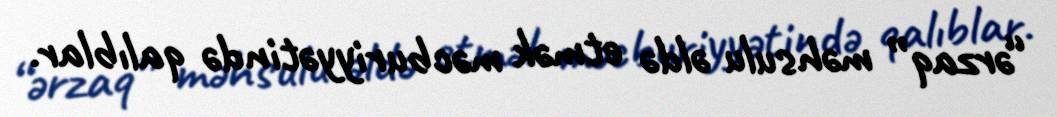
“ərzaq” məhsulu əldə etmək məcburiyyətində qalıblar.